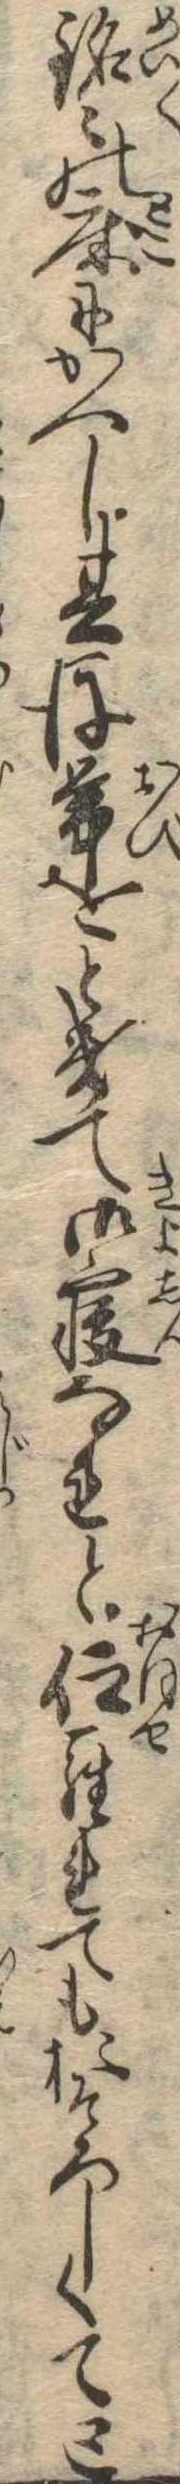
銘〻の床にかへし其後帯をときて御寝なれと仰られてもおそろしくてと